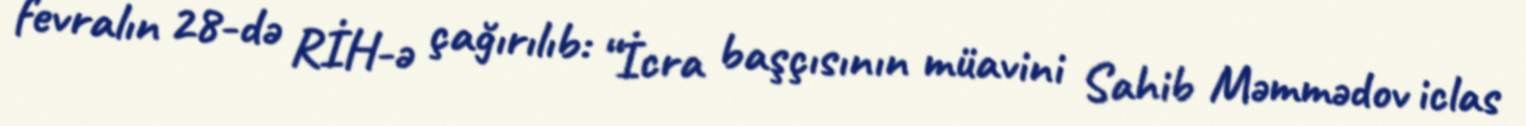
fevralın 28-də RİH-ə çağırılıb: “İcra başçısının müavini Sahib Məmmədov iclas